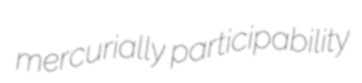
mercurially participability